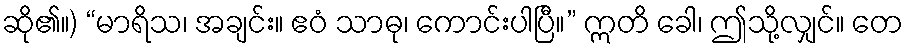
ဆို၏။) “မာရိသ၊ အချင်း။ ဧဝံ သာဓု၊ ကောင်းပါပြီ။” ဣတိ ခေါ၊ ဤသို့လျှင်။ တေ